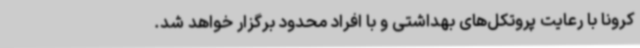
کرونا با رعایت پروتکل‌های بهداشتی و با افراد محدود برگزار خواهد شد.